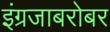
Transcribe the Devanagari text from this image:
इंग्रजाबरोबर